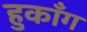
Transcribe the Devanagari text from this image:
हुकाँग